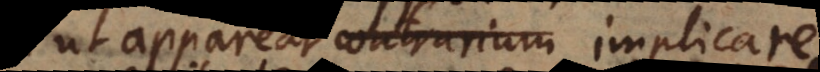
ut appareat oppositum implicare